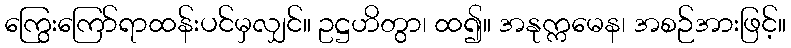
ကြွေးကြော်ရာထန်းပင်မှလျှင်။ ဥဋ္ဌဟိတွာ၊ ထ၍။ အနုက္ကမေန၊ အစဉ်အားဖြင့်။